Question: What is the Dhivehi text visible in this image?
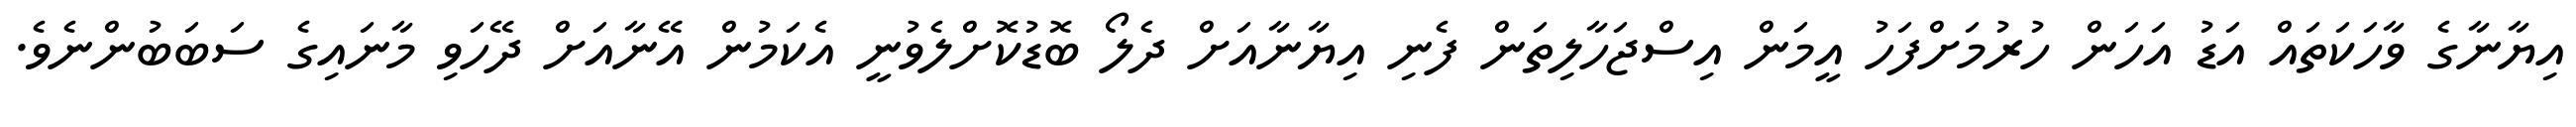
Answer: އިޔާނާގެ ވާހަކަތައް އަޑު އަހަން ހުރުމަށްފަހު އީމަން އިސްޖަހާލިތަން ފެނި އިޔާނާއަށް ދެލޯ ބޮޑުކޮށްލެވުނީ އެކަމުން އޭނާއަށް ދޭހަވި މާނައިގެ ސަބަބުންނެވެ.